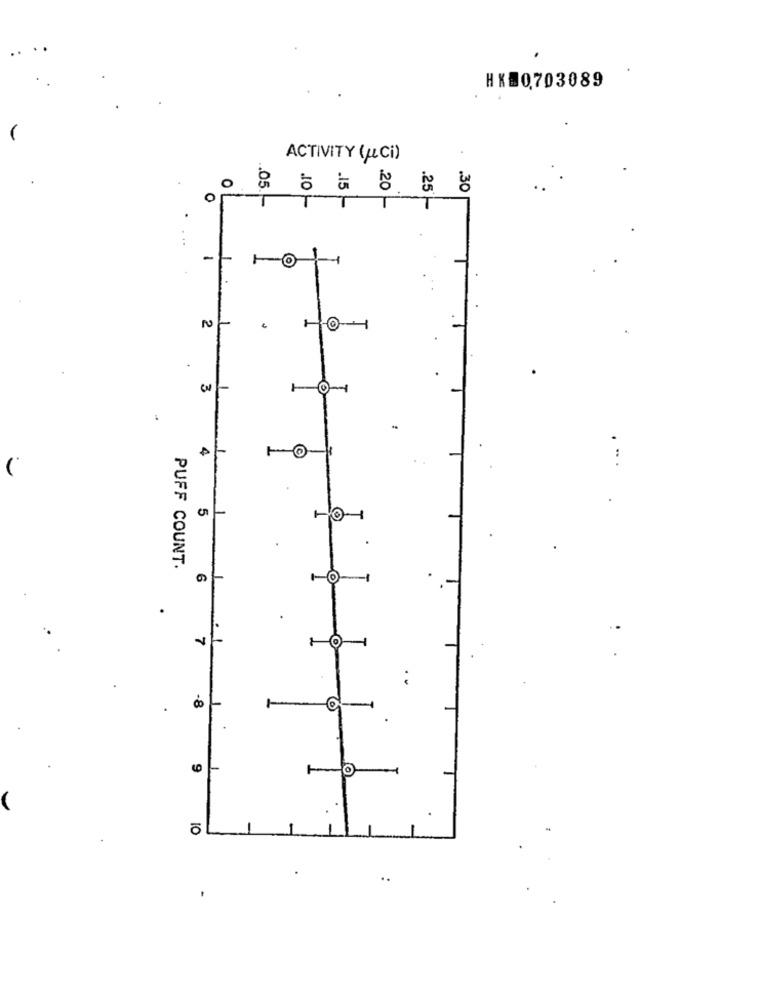
HK=0703089
ACTIVITY (ALCi)
.15
O
.05.
.IO
.30
0
.
.25 -
-
2
3
4
5
PUFF COUNT.
6
1
-8
9
..